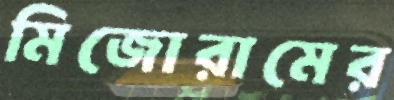
মিজোরামের